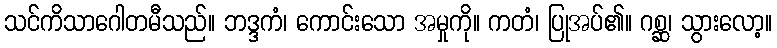
သင်ကိသာဂေါတမီသည်။ ဘဒ္ဒကံ၊ ကောင်းသော အမှုကို။ ကတံ၊ ပြုအပ်၏။ ဂစ္ဆ၊ သွားလော့။